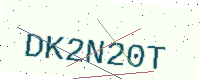
Text: DK2N20T